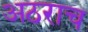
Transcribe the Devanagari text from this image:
अठराच